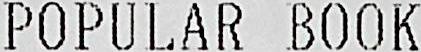
POPULAR BOOK